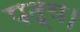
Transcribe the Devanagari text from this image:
पद्य।